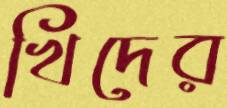
খিদের